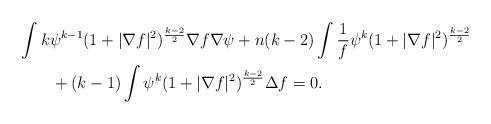
LaTeX: \begin{align*}&\int k\psi^{k-1}(1+ |\nabla f|^{2})^{\frac{k-2}{2}} \nabla f\nabla\psi +n(k-2)\int\frac{1}{f}\psi^{k}(1+ |\nabla f|^{2})^{\frac{k-2}{2}}\\&\qquad+(k-1)\int\psi^{k}(1+ |\nabla f|^{2})^{\frac{k-2}{2}}\Delta f=0.\end{align*}